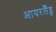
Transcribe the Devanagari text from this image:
आयरर्लैंड्स